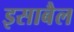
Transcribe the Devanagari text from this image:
इसाबैल